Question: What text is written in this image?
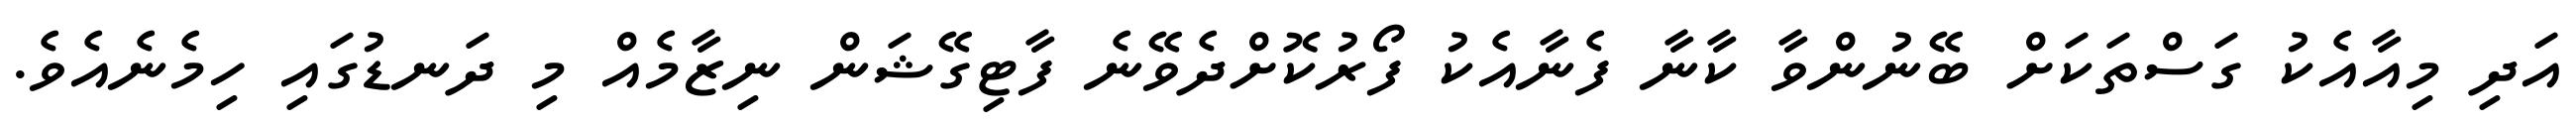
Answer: އަދި މިއާއެކު ގަސްތަކަށް ބޭނުންވާ ކާނާ ފެނާއެކު ފޯރުކޮށްދެވޭނެ ފާޓިގޭޝަން ނިޒާމެއް މި ދަނޑުގައި ހިމެނެއެވެ.